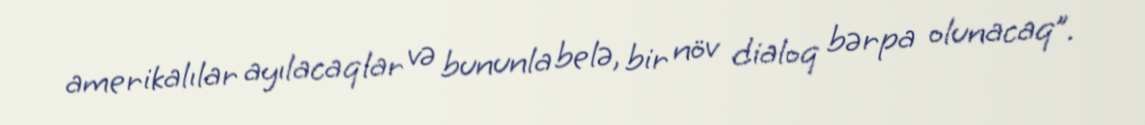
amerikalılar ayılacaqlar və bununla belə, bir növ dialoq bərpa olunacaq”.